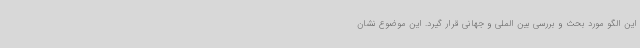
این الگو مورد بحث و بررسی بین الملی و جهانی قرار گیرد. این موضوع نشان